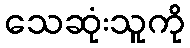
သေဆုံးသူကို